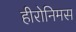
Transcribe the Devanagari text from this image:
हीरोनिमस